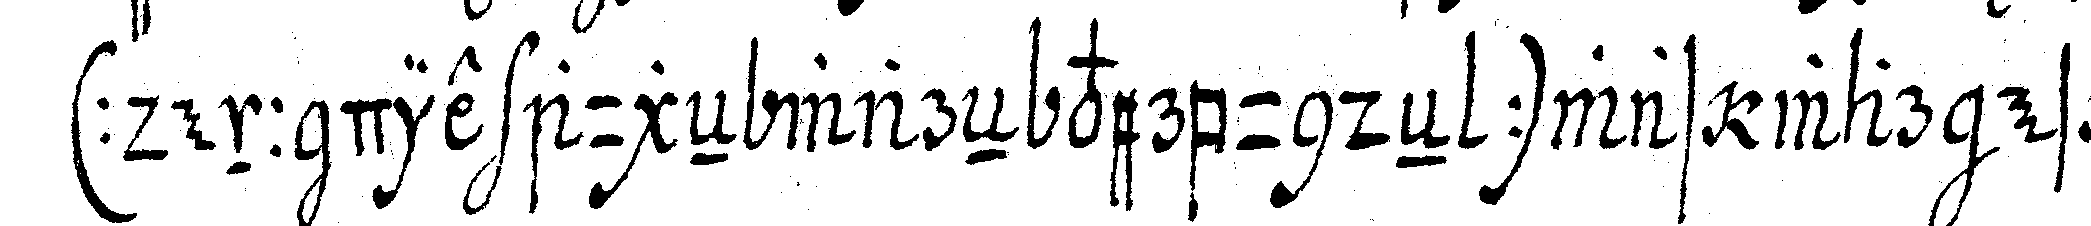
( denn die augeN wareN verbundeN ) was war es